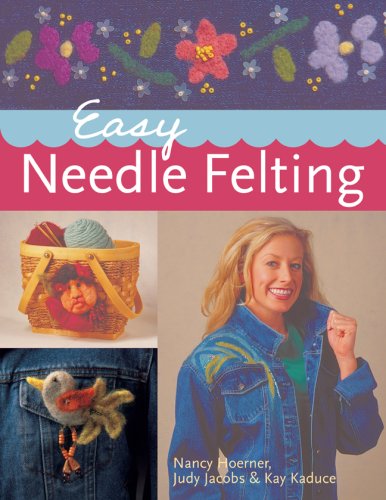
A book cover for Easy Needle Felting; Nancy Hoerner; Crafts, Hobbies & Home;